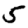
Digit: 5